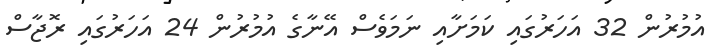
އުމުރުން 32 އަހަރުގައި ކަމަށާއި ނަމަވެސް އޭނާގެ އުމުރުން 24 އަހަރުގައި ރޮޖާސް